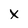
Character: X